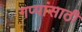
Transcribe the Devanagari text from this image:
गप्पांसाठी